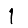
Digit: 1